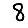
Digit: 8